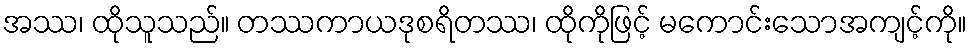
အဿ၊ ထိုသူသည်။ တဿကာယဒုစရိတဿ၊ ထိုကိုဖြင့် မကောင်းသောအကျင့်ကို။